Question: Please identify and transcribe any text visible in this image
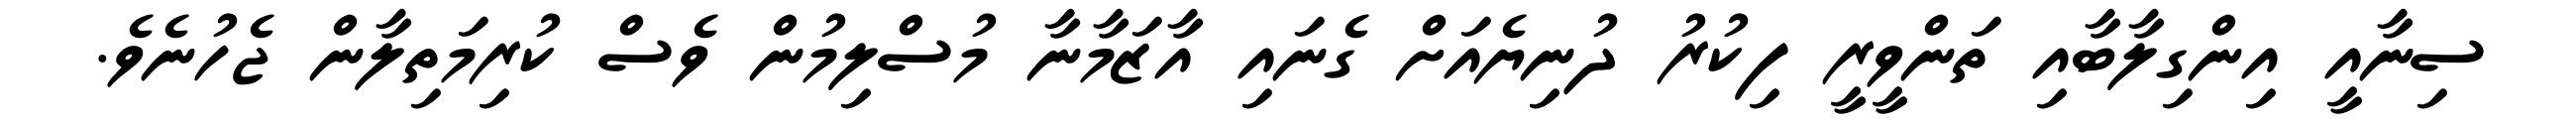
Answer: ސިނާއީ އިންގިލާބާއި ތަންވީރީ ފިކުރު ދުނިޔެއަށް ގެނައި އާޒަމާނާ މުސްލިމުން ވެސް ކުރިމަތިލާން ޖެހުނެވެ.